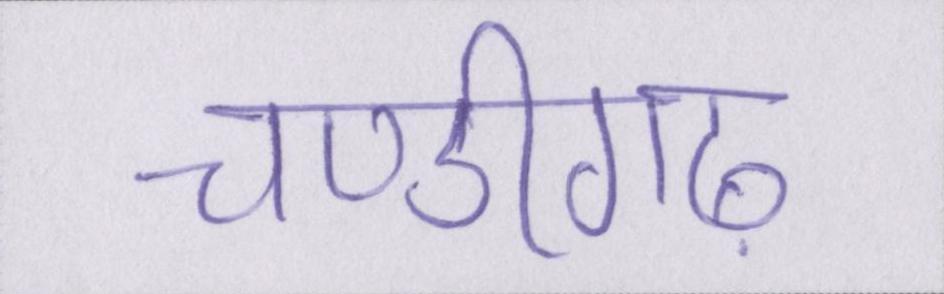
चण्डीगढ़